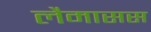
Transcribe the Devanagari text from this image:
लैमासस